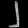
Digit: ၂